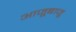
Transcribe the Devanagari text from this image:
आजूबाजू